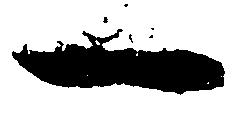
一